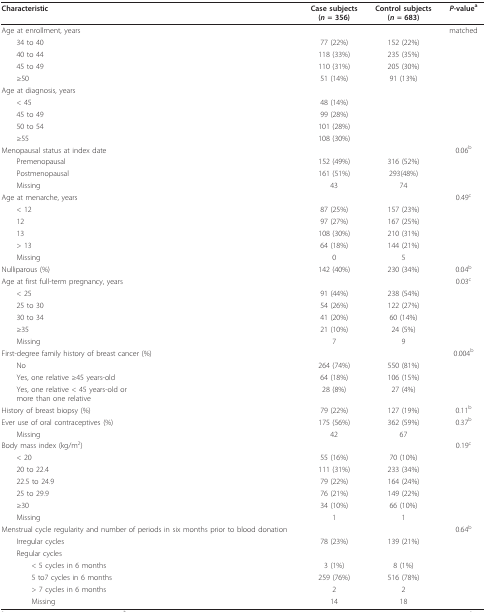
<table><thead><tr><td><b>Characteristic</b></td><td><b>Case subjects(<i>n </i>= 356)</b></td><td><b>Control subjects(<i>n </i>= 683)</b></td><td><b><i>P</i>-value<sup>a</sup></b></td></tr></thead><tbody><tr><td>Age at enrollment, years</td><td></td><td></td><td>matched</td></tr><tr><td> 34 to 40</td><td>77 (22%)</td><td>152 (22%)</td><td></td></tr><tr><td> 40 to 44</td><td>118 (33%)</td><td>235 (35%)</td><td></td></tr><tr><td> 45 to 49</td><td>110 (31%)</td><td>205 (30%)</td><td></td></tr><tr><td> ≥50</td><td>51 (14%)</td><td>91 (13%)</td><td></td></tr><tr><td>Age at diagnosis, years</td><td></td><td></td><td></td></tr><tr><td> &lt; 45</td><td>48 (14%)</td><td></td><td></td></tr><tr><td> 45 to 49</td><td>99 (28%)</td><td></td><td></td></tr><tr><td> 50 to 54</td><td>101 (28%)</td><td></td><td></td></tr><tr><td> ≥55</td><td>108 (30%)</td><td></td><td></td></tr><tr><td>Menopausal status at index date</td><td></td><td></td><td>0.06<sup>b</sup></td></tr><tr><td> Premenopausal</td><td>152 (49%)</td><td>316 (52%)</td><td></td></tr><tr><td> Postmenopausal</td><td>161 (51%)</td><td>293(48%)</td><td></td></tr><tr><td> Missing</td><td>43</td><td>74</td><td></td></tr><tr><td>Age at menarche, years</td><td></td><td></td><td>0.49<sup>c</sup></td></tr><tr><td> &lt; 12</td><td>87 (25%)</td><td>157 (23%)</td><td></td></tr><tr><td> 12</td><td>97 (27%)</td><td>167 (25%)</td><td></td></tr><tr><td> 13</td><td>108 (30%)</td><td>210 (31%)</td><td></td></tr><tr><td> &gt; 13</td><td>64 (18%)</td><td>144 (21%)</td><td></td></tr><tr><td> Missing</td><td>0</td><td>5</td><td></td></tr><tr><td>Nulliparous (%)</td><td>142 (40%)</td><td>230 (34%)</td><td>0.04<sup>b</sup></td></tr><tr><td>Age at first full-term pregnancy, years</td><td></td><td></td><td>0.03<sup>c</sup></td></tr><tr><td> &lt; 25</td><td>91 (44%)</td><td>238 (54%)</td><td></td></tr><tr><td> 25 to 30</td><td>54 (26%)</td><td>122 (27%)</td><td></td></tr><tr><td> 30 to 34</td><td>41 (20%)</td><td>60 (14%)</td><td></td></tr><tr><td> ≥35</td><td>21 (10%)</td><td>24 (5%)</td><td></td></tr><tr><td> Missing</td><td>7</td><td>9</td><td></td></tr><tr><td>First-degree family history of breast cancer (%)</td><td></td><td></td><td>0.004<sup>b</sup></td></tr><tr><td> No</td><td>264 (74%)</td><td>550 (81%)</td><td></td></tr><tr><td> Yes, one relative ≥45 years-old</td><td>64 (18%)</td><td>106 (15%)</td><td></td></tr><tr><td> Yes, one relative &lt; 45 years-old ormore than one relative</td><td>28 (8%)</td><td>27 (4%)</td><td></td></tr><tr><td>History of breast biopsy (%)</td><td>79 (22%)</td><td>127 (19%)</td><td>0.11<sup>b</sup></td></tr><tr><td>Ever use of oral contraceptives (%)</td><td>175 (56%)</td><td>362 (59%)</td><td>0.37<sup>b</sup></td></tr><tr><td> Missing</td><td>42</td><td>67</td><td></td></tr><tr><td>Body mass index (kg/m<sup>2</sup>)</td><td></td><td></td><td>0.19<sup>c</sup></td></tr><tr><td> &lt; 20</td><td>55 (16%)</td><td>70 (10%)</td><td></td></tr><tr><td> 20 to 22.4</td><td>111 (31%)</td><td>233 (34%)</td><td></td></tr><tr><td> 22.5 to 24.9</td><td>79 (22%)</td><td>164 (24%)</td><td></td></tr><tr><td> 25 to 29.9</td><td>76 (21%)</td><td>149 (22%)</td><td></td></tr><tr><td> ≥30</td><td>34 (10%)</td><td>66 (10%)</td><td></td></tr><tr><td> Missing</td><td>1</td><td>1</td><td></td></tr><tr><td>Menstrual cycle regularity and number of periods in six months prior to blood donation</td><td></td><td></td><td>0.64<sup>b</sup></td></tr><tr><td> Irregular cycles</td><td>78 (23%)</td><td>139 (21%)</td><td></td></tr><tr><td> Regular cycles</td><td></td><td></td><td></td></tr><tr><td>&lt; 5 cycles in 6 months</td><td>3 (1%)</td><td>8 (1%)</td><td></td></tr><tr><td>5 to7 cycles in 6 months</td><td>259 (76%)</td><td>516 (78%)</td><td></td></tr><tr><td>&gt; 7 cycles in 6 months</td><td>2</td><td>2</td><td></td></tr><tr><td>Missing</td><td>14</td><td>18</td><td></td></tr></tbody></table>